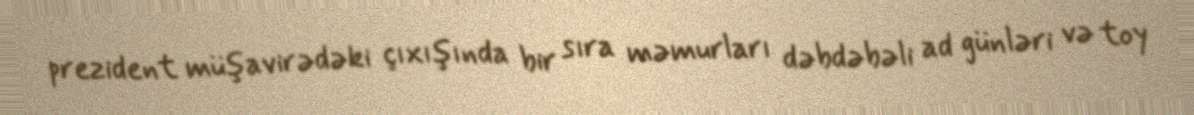
prezident müşavirədəki çıxışında bir sıra məmurları dəbdəbəli ad günləri və toy